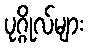
ပုဂ္ဂိုလ်များ